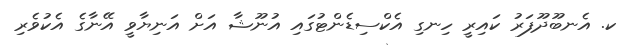
ކ. އެނބޫދޫފަރު ކައިރީ ހިނގި އެކްސިޑެންޓުގައި އުނޫޝާ އަށް އަނިޔާވީ އޭނާގެ އެކުވެރި